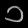
Digit: ၁